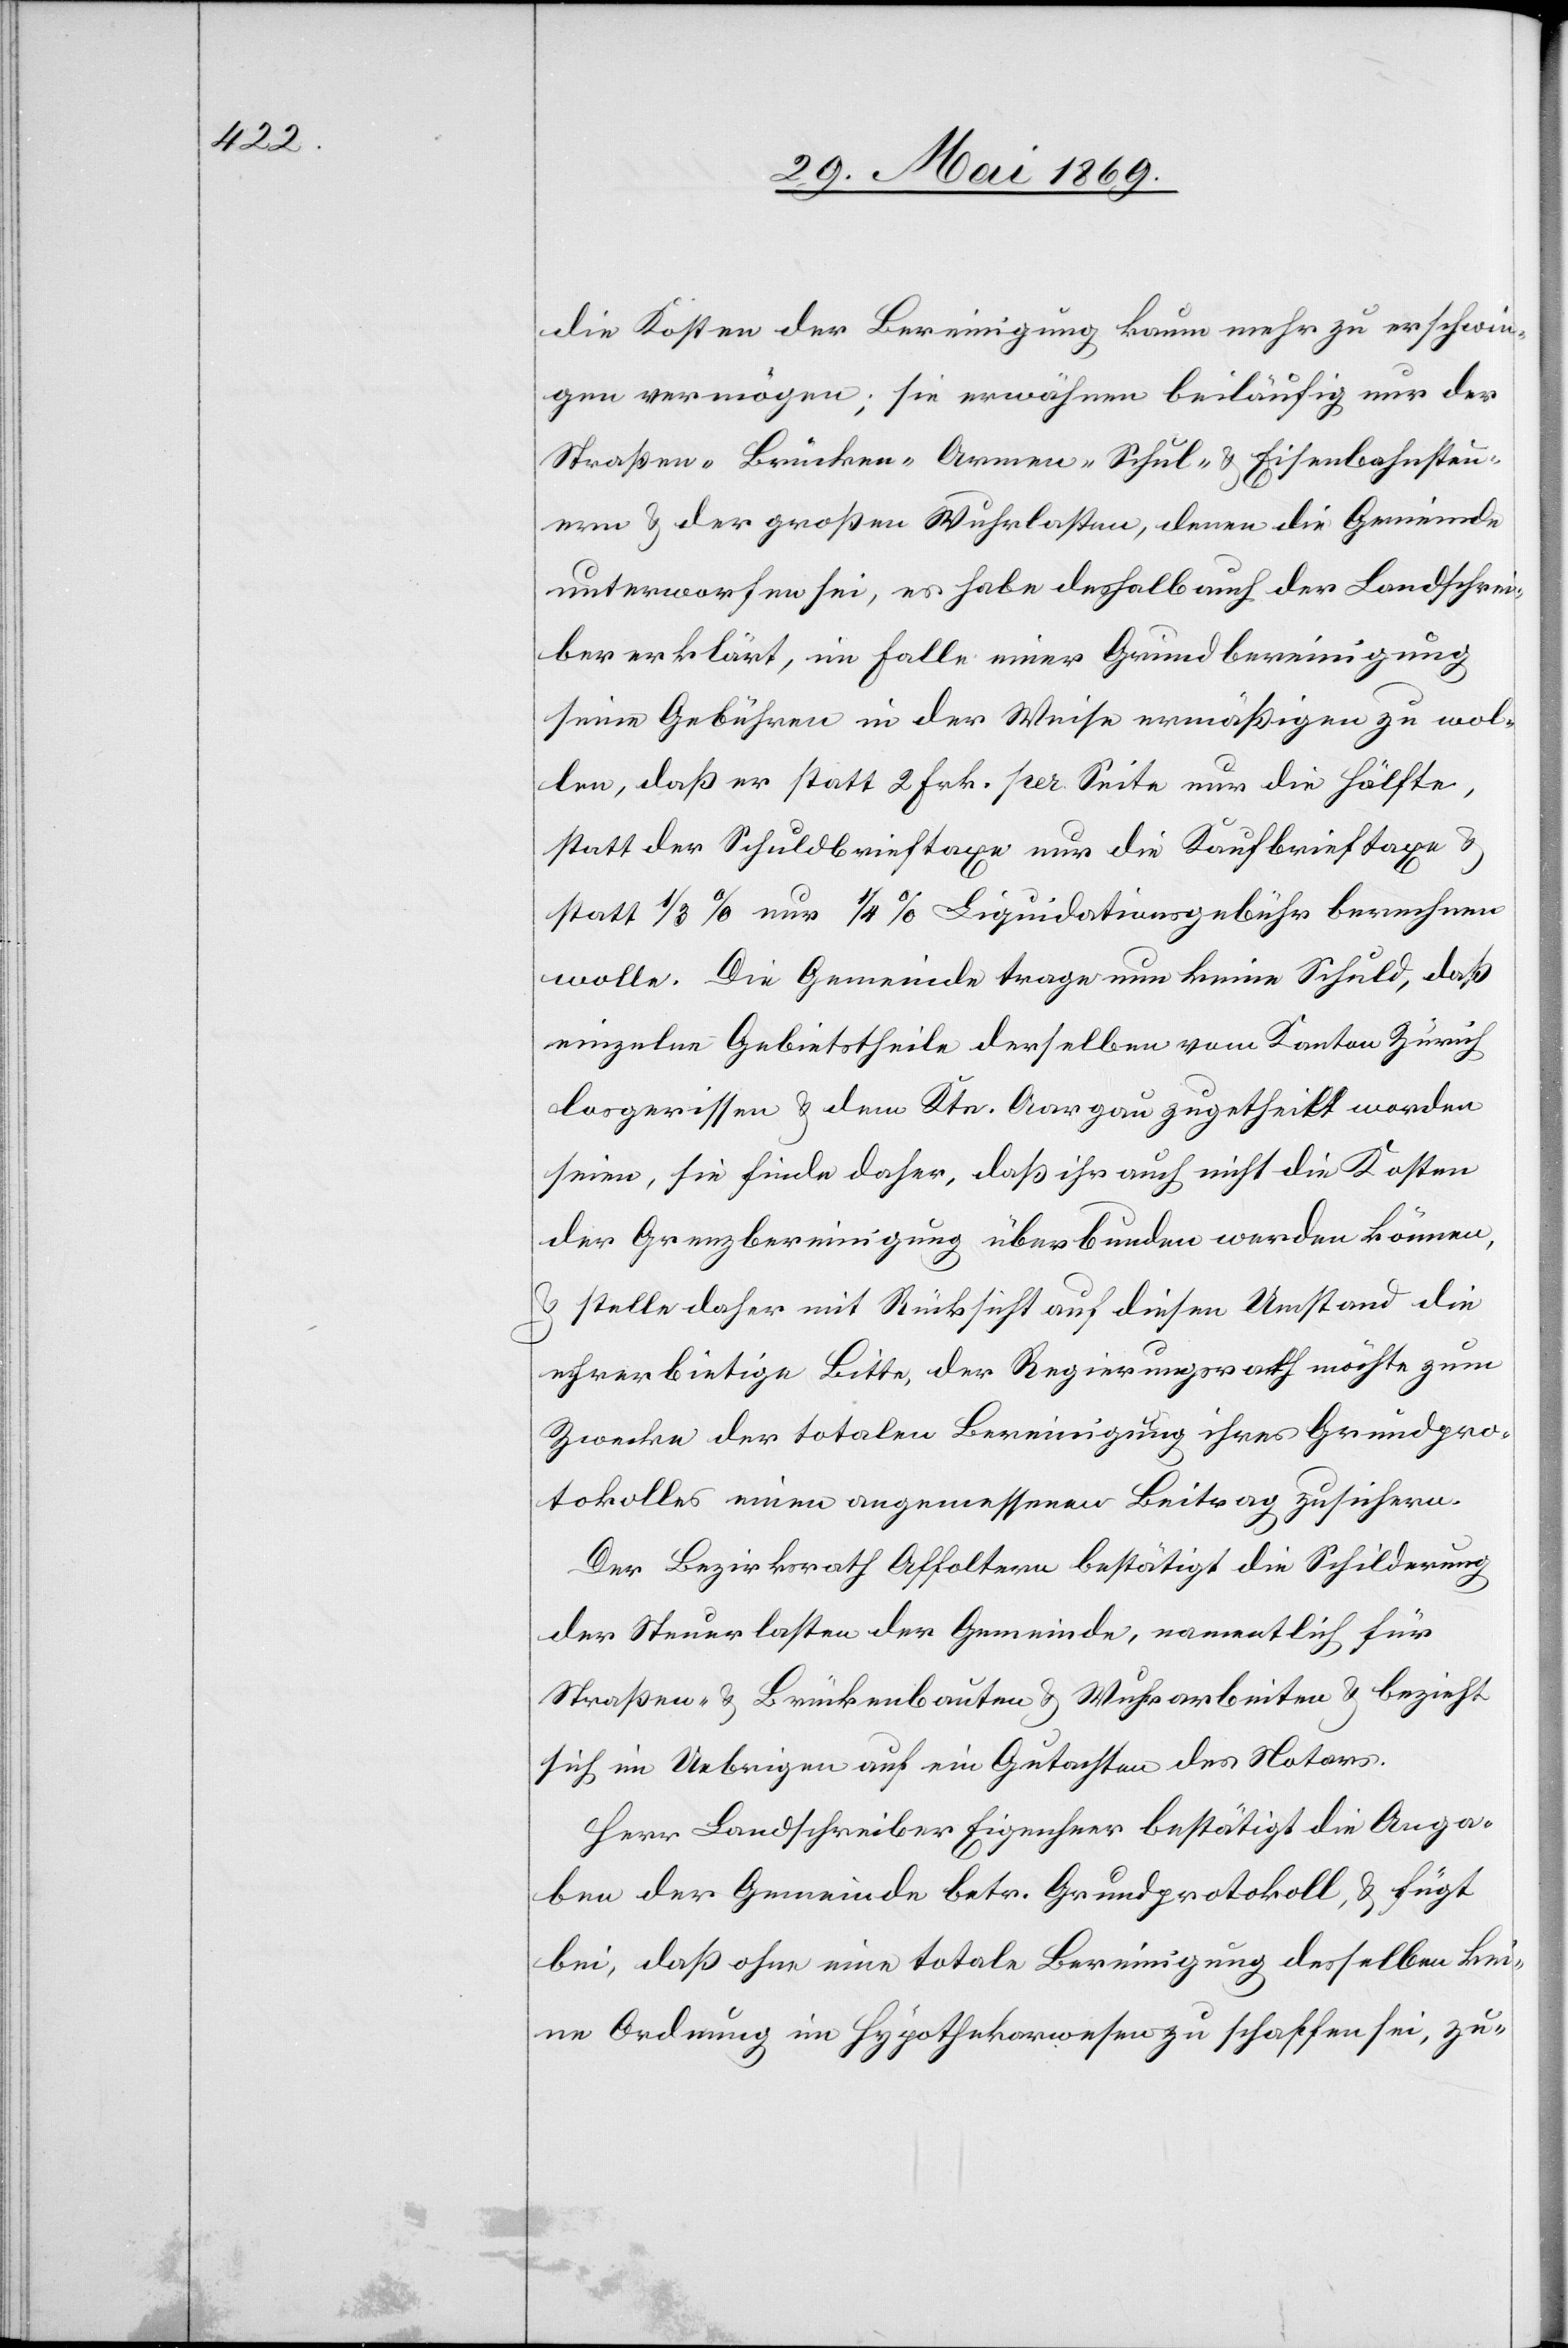
die Kosten der Bereinigung kaum mehr zu erschwin¬
gen vermögen; sie erwähnen beiläufig nur der
Straßen- Brücken- Armen- Schul- u. Eisenbahnsteu¬
ern u. der großen Wuhrlasten, denen die Gemeinde
unterworfen sei, es habe deshalb auch der Landschrei¬
ber erklärt, im Falle einer Grundbereinigung
seine Gebühren in der Weise ermäßigen zu wol¬
len, daß er statt 2 Frk. pro Seite nur die Hälfte,
statt der Schuldbrieftaxe nur die Kaufbrieftaxe u.
statt 1/3% nur 1/4% Liquidationsgebühr berechnen
wolle. Die Gemeinde trage nun keine Schuld, daß
einzelne Gebietstheile derselben vom Kanton Zürich
losgerissen u. dem Ktn. Aargau zugetheilt worden
seien, sie finde daher, daß ihr auch nicht die Kosten
der Grenzbereinigung überbunden werden können,
u. stelle daher mit Rücksicht auf diesen Umstand die
ehrerbietige Bitte, der Regierungsrath möchte zum
Zwecke der totalen Bereinigung ihres Grundpro¬
tokolles einen angemessenen Beitrag zusichern.
Der Bezirksrath Affoltern bestätigt die Schilderung
der Steuerlasten der Gemeinde, namentlich für
Straßen- u. Brückenbauten u. Wuhrarbeiten u. bezieht
sich im Uebrigen auf ein Gutachten des Notars.
Herr Landschreiber Eigenherr bestätigt die Anga¬
ben der Gemeinde betr. Grundprotokoll, u. fügt
bei, daß ohne eine totale Bereinigung desselben kei¬
ne Ordnung im Hypothekarwesen zu schaffen sei, zu-